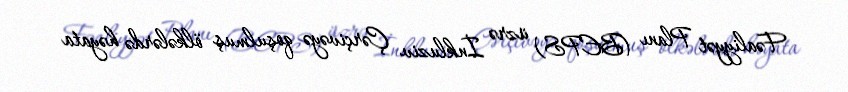
Fəaliyyət Planı (BEPS) üzrə İnkluziv Çərçivəyə qoşulmuş ölkələrdə həyata